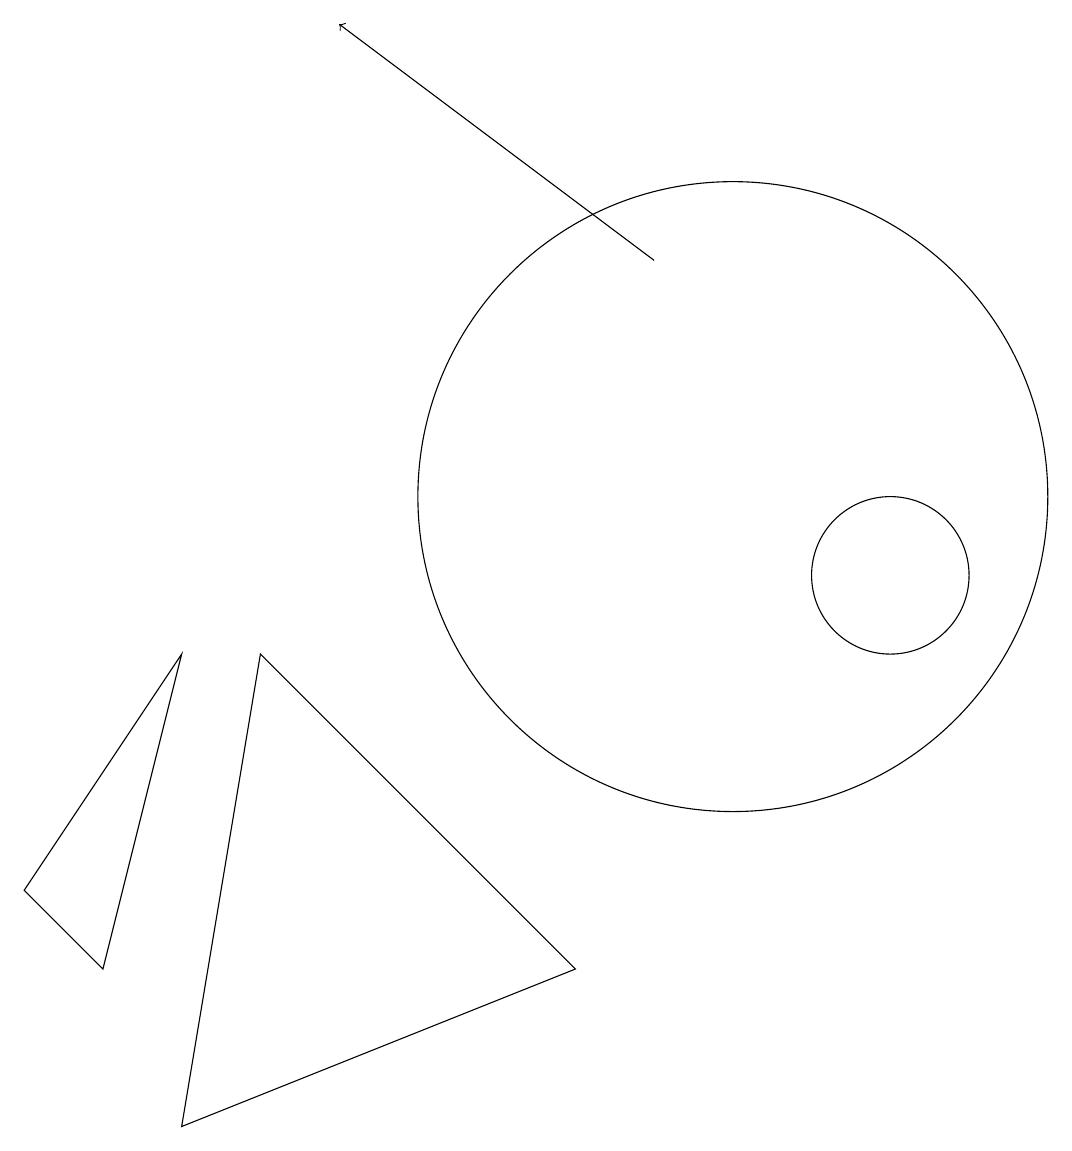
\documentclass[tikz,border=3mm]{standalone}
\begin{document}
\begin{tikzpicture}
\draw (10,11) circle (4);
\draw (12,10) circle (1);
\draw[->] (9,14) -- (5,17);
\draw (4,9) -- (8,5) -- (3,3) -- cycle;
\draw (3,9) -- (1,6) -- (2,5) -- cycle;
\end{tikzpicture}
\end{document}